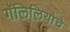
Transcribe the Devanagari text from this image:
गॅलिलियोचे